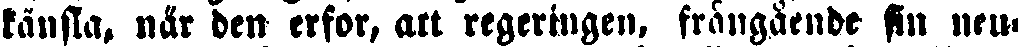
känsla, när den erfor, att regeringen, frångående sin neu-